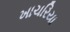
ખાચરિયા